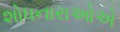
શોધનારાઓએ